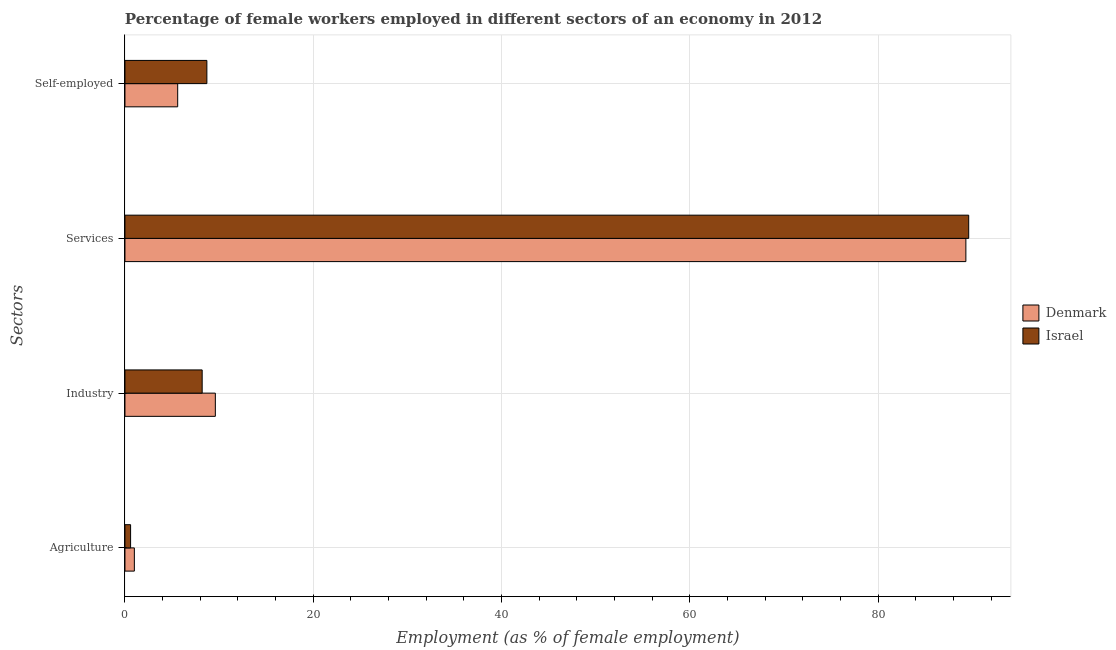
| Sectors | Denmark | Israel |
 | --- | --- | --- |
 | Agriculture | 1 | 0.6 |
 | Industry | 9.6 | 8.2 |
 | Services | 89.3 | 89.6 |
 | Self-employed | 5.6 | 8.7 |